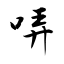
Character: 哢